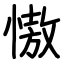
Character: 慠